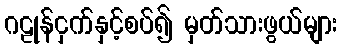
ဂဠုန်ငှက်နှင့်စပ်၍ မှတ်သားဖွယ်များ